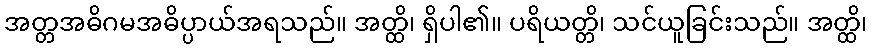
အတ္တအဓိဂမအဓိပ္ပာယ်အရသည်။ အတ္ထိ၊ ရှိပါ၏။ ပရိယတ္တိ၊ သင်ယူခြင်းသည်။ အတ္ထိ၊